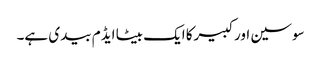
سوسین اورکبیرکا ایک بیٹا ایڈم بیدی ہے۔